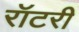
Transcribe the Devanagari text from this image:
रॉटरी